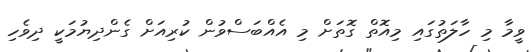
ވީމާ މި ހާލަތުގައި މިއޮތް ގޮތަށް މި އެއްބަސްވުން ކުރިއަށް ގެންދިޔުމަކީ ދިވެހި